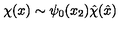
\chi ( x ) \sim \psi _ { 0 } ( x _ { 2 } ) { \hat { \chi } } ( { \hat { x } } )